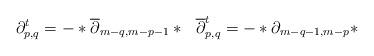
LaTeX: \begin{align*}\partial^t_{p,q}=-*\overline{\partial}_{m-q,m-p-1}*\ \ \overline{\partial}^t_{p,q}=-*\partial_{m-q-1,m-p}*\end{align*}